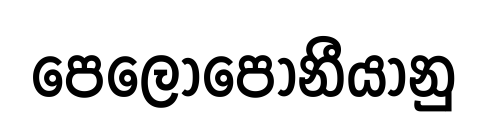
පෙලෝපොනීයානු